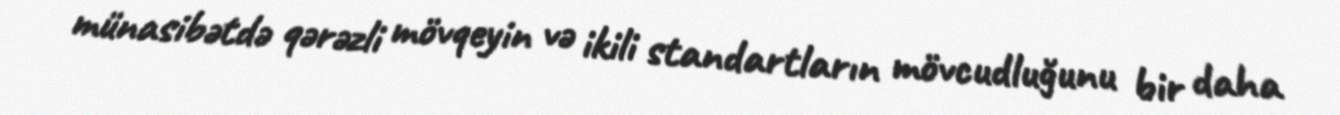
münasibətdə qərəzli mövqeyin və ikili standartların mövcudluğunu bir daha